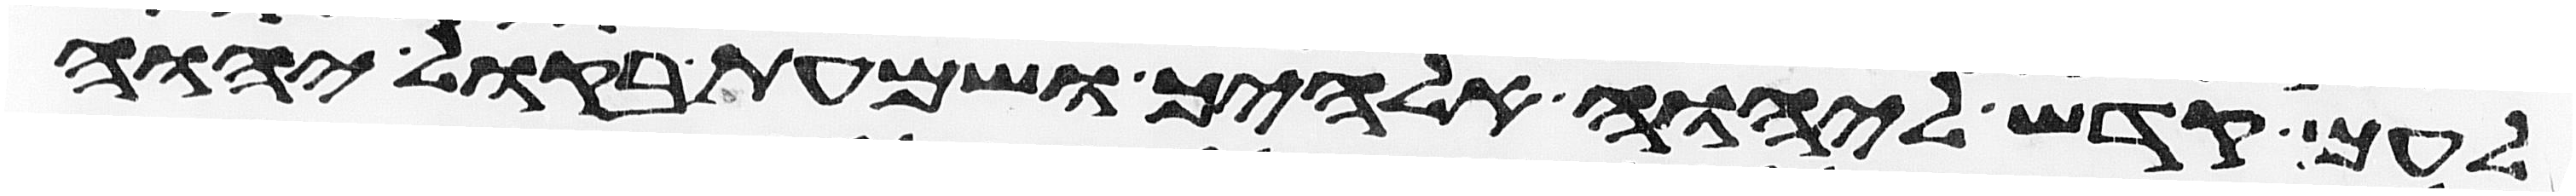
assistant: לעם קדש ליהוה אלהיך ושמעת בקול יהוה